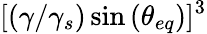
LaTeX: [(\gamma/\gamma_{s})\sin{(\theta_{eq})}]^{3}